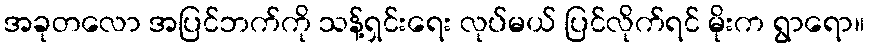
အခုတလော အပြင်ဘက်ကို သန့်ရှင်းရေး လုပ်မယ် ပြင်လိုက်ရင် မိုးက ရွာရော။